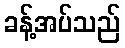
ခန့်အပ်သည်